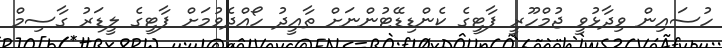
ހުސައިން ވިދާޅުވީ ޖުމްހޫރީ ޕާޓީގެ ކެންޑިޑޭޓުންނަށް ތާއީދު ހޯއްދެވުމަށް ޕާޓީގެ ލީޑަރު ގާސިމް